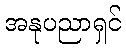
အနုပညာရှင်